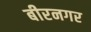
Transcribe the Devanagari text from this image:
बीरनगर